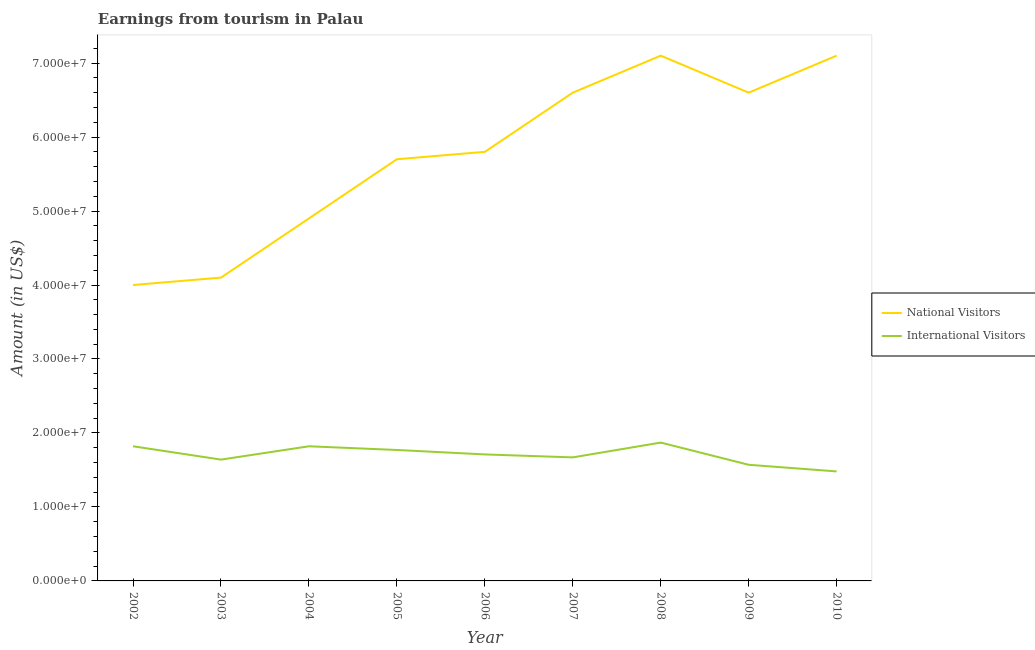
| Year | National Visitors | International Visitors |
 | --- | --- | --- |
 | 2002 | 4e+07 | 1.82e+07 |
 | 2003 | 4.1e+07 | 1.64e+07 |
 | 2004 | 4.9e+07 | 1.82e+07 |
 | 2005 | 5.7e+07 | 1.77e+07 |
 | 2006 | 5.8e+07 | 1.71e+07 |
 | 2007 | 6.6e+07 | 1.67e+07 |
 | 2008 | 7.1e+07 | 1.87e+07 |
 | 2009 | 6.6e+07 | 1.57e+07 |
 | 2010 | 7.1e+07 | 1.48e+07 |